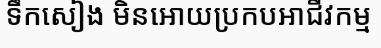
ទឹកសៀង មិនអោយប្រកបអាជីវកម្ម